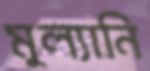
মুল্যানি